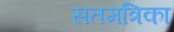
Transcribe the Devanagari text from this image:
सतमत्रिका